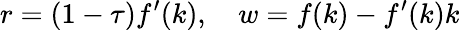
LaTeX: r=(1-\tau)f^{\prime}(k),\quad w=f(k)-f^{\prime}(k)k